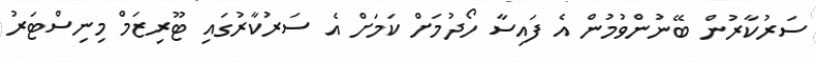
ސަރުކާރުން ބޭނުންވުމުން އެ ފައިސާ ހޯދުމަށް ކަމަށް އެ ސަރުކާރުގައި ޓޫރިޒަމް މިނިސްޓަރު